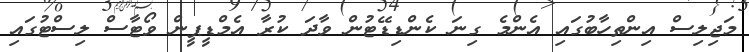
މަޖިލިސް އިންތިހާބުގައި އެންމެ ގިނަ ކެންޑިޑޭޓުން ވާދަ ކުރާ އެމްޑީޕީން ވޯޓާސް ލިސްޓުގައި